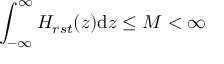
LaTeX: \int _ { - \infty } ^ { \infty } H _ { r s t } ( z ) \mathrm { d } z \leq M < \infty